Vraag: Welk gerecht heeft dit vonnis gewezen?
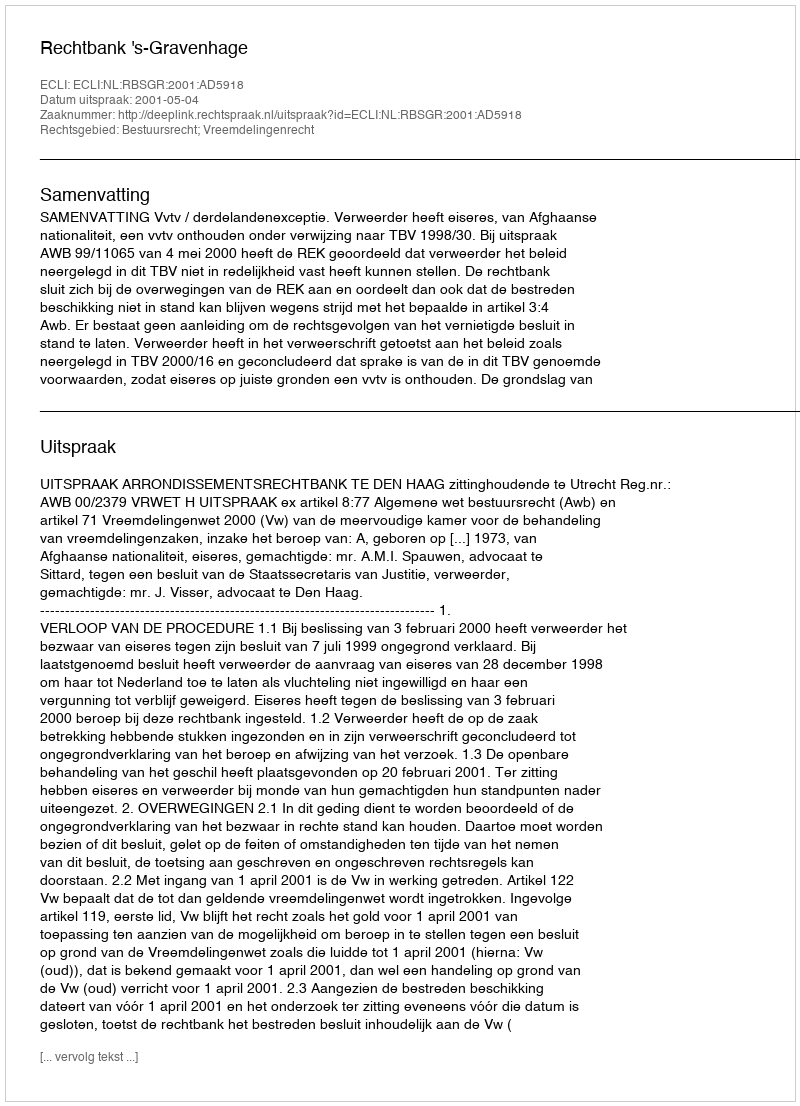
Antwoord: Rechtbank 's-Gravenhage